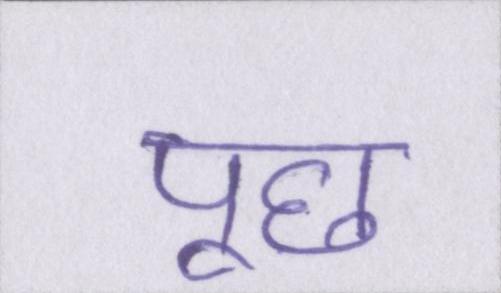
पूछ